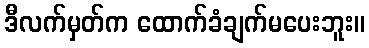
ဒီလက်မှတ်က ထောက်ခံချက်မပေးဘူး။